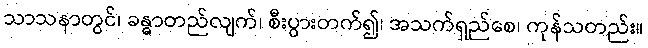
သာသနာတွင်၊ ခန္ဓာတည်လျက်၊ စီးပွားတက်၍၊ အသက်ရှည်စေ၊ ကုန်သတည်း။